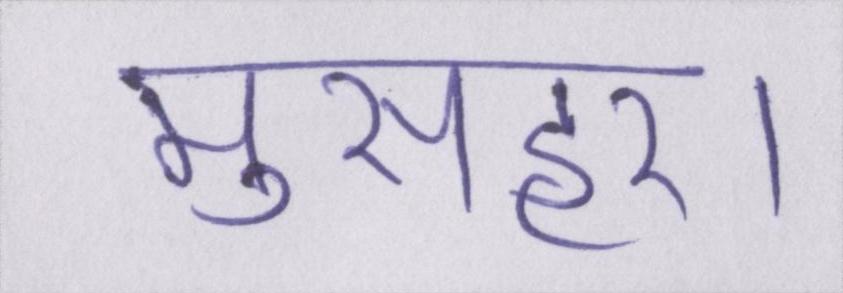
मुसहर।